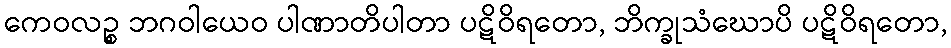
ကေဝလဉ္စ ဘဂဝါယေဝ ပါဏာတိပါတာ ပဋိဝိရတော, ဘိက္ခုသံဃောပိ ပဋိဝိရတော,